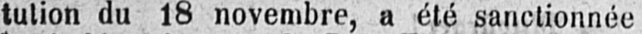
tution du 18 novembre, a été sanctionnée